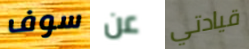
سوف عن قيادتي